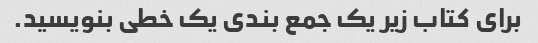
برای کتاب زیر یک جمع بندی یک خطی بنویسید.